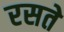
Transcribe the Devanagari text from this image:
रसते